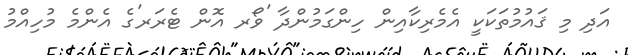
އަދި މި ޤައުމުތަކަކީ އެމެރިކާއިން ހިންގަމުންދާ 'ވޯރ އޮން ޓެރަރ'ގެ އެންމެ މުހިއްމު